Vaccination in Bombay 1902-1912 - 1902-1912
Year: 1902
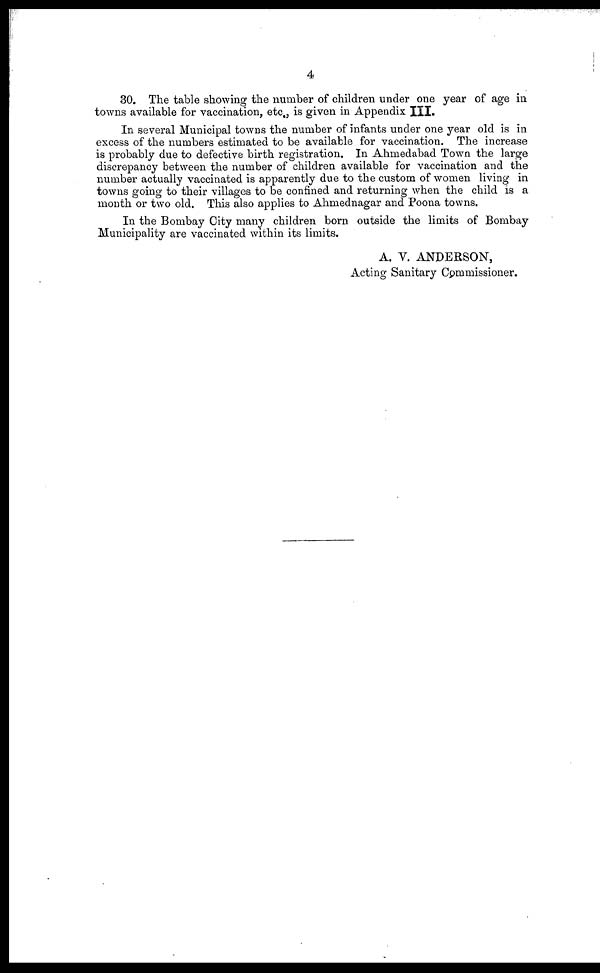
4
30. The table showing the number of children under one year of age in
towns available for vaccination, etc., is given in Appendix III.
In several Municipal towns the number of infants under one year old is in
excess of the numbers estimated to be available for vaccination. The increase
is probably due to defective birth registration. In Ahmedabad Town the large
discrepancy between the number of children available for vaccination and the
number actually vaccinated is apparently due to the custom of women living in
towns going to their villages to be confined and returning when the child is a
month or two old. This also applies to Ahmednagar and Poona towns.
In the Bombay City many children born outside the limits of Bombay
Municipality are vaccinated within its limits.
A. V. ANDERSON,
Acting Sanitary Commissioner.